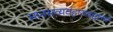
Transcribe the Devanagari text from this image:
मानसव्यवहाराबद्दलचे